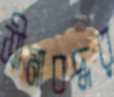
সীমাবদ্ধর